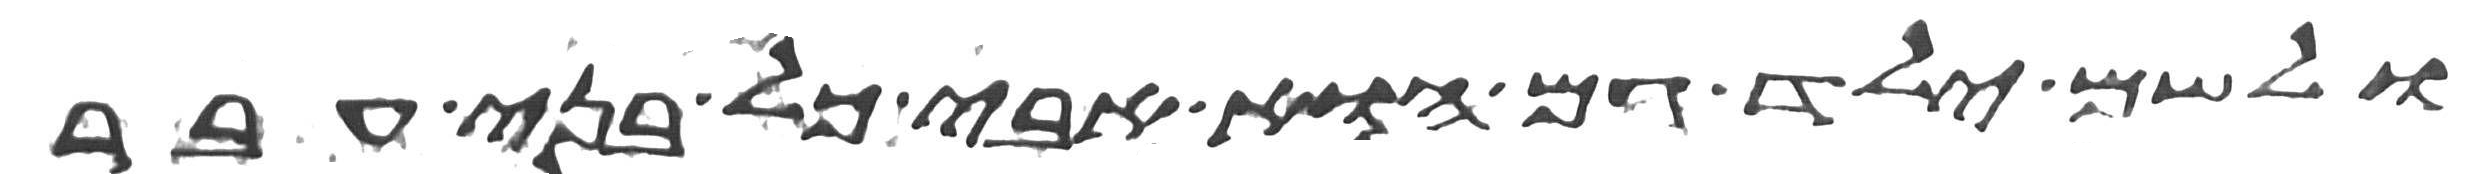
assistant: ולשם ילד גם הוא אבי כל בני עבר